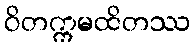
ဝိတက္ကမထိတဿ